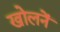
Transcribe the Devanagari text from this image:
खोलनें